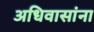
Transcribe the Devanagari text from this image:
अधिवासांना